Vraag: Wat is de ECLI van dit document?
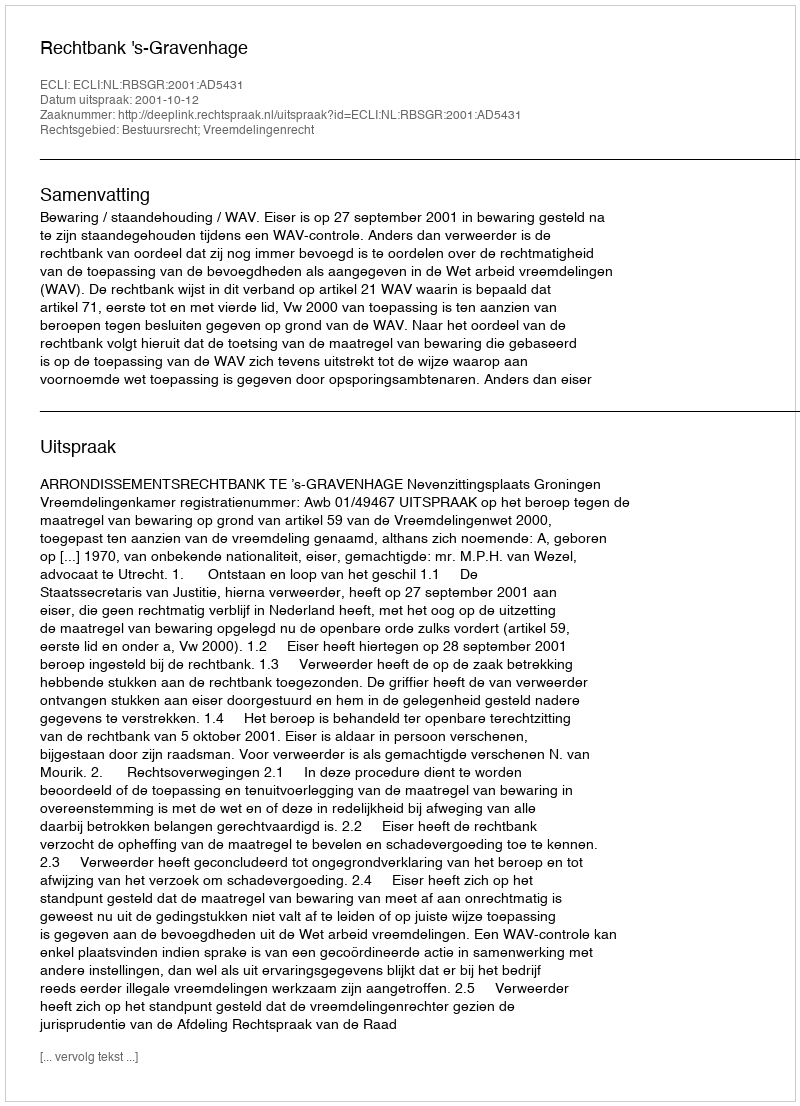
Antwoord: ECLI:NL:RBSGR:2001:AD5431